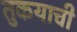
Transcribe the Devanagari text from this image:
तुकयाची